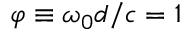
\varphi \equiv \omega _ { 0 } d / c = 1